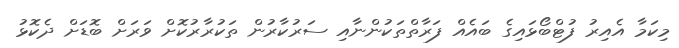
މިކަމާ އެއިރު ފުޓްބޯޅައިގެ ބައެއް ފަރާތްތަކުންނާއި ސަރުކާރުން ތަކުރާރުކޮށް ވަރަށް ބޮޑަށް ދެކޮޅު